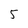
Character: 5